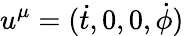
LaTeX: u^{\mu}=({\dot{t}},0,0,{\dot{\phi}})